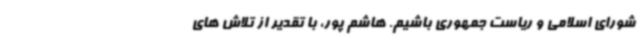
شورای اسلامی و ریاست جمهوری باشیم. هاشم پور، با تقدیر از تلاش های